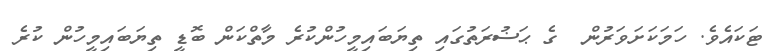
ޓަކައެވެ. ހަމަކަށަވަރުން  ގެ ޙަޟުރަތުގައި ތިޔަބައިމީހުންކުރެ މާތްކަން ބޮޑީ ތިޔަބައިމީހުން ކުރެ